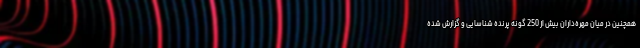
همچنین در میان مهره‌داران بیش از 250 گونه پرنده شناسایی و گزارش شده